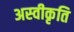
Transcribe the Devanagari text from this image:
अस्‍वीकृति